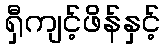
ရှီကျင့်ဖိန်နှင့်